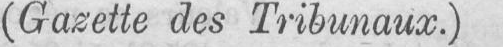
(Gazette des Tribunaux.)